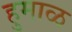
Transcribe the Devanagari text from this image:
हुमाळ